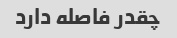
چقدر فاصله دارد